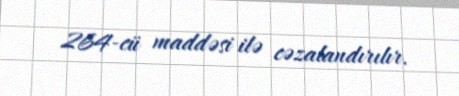
264-cü maddəsi ilə cəzalandırılır.